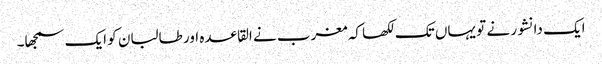
ایک دانشور نے تو یہاں تک لکھا کہ مغرب نے القاعدہ اور طالبان کو ایک سمجھا۔